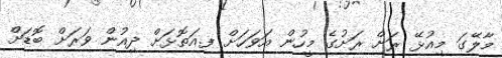
މާލޭގަ މިއުޅޭ ރަށް ރަށުގެ މީހުން އަވަހަށް ފ.އަތޮޅަށް ދިއުން ވަރަށް ބޮޑަށް